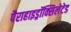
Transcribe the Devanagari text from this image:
पैराहाइड्रॉक्सिलेटेड